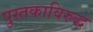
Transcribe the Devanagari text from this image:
पुस्तकाविरुद्ध